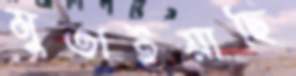
মুতাইয়াছি